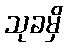
သုခမှိ